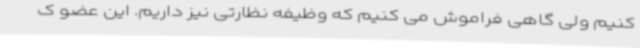
کنیم ولی گاهی فراموش می کنیم که وظیفه نظارتی نیز داریم. این عضو ک